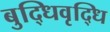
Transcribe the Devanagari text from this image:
बुद्धिवृद्धि